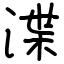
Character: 渫